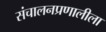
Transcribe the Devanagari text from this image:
संचालनप्रणालीला